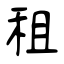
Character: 租